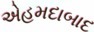
એહમદાબાદ